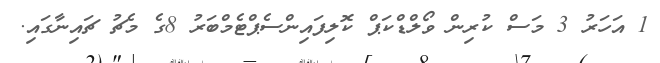
1 އަހަރު 3 މަސް ކުރިން ވޯލްޑްކަޕް ކޮލިފައިންސެޕްޓެމްބަރު 8ގެ މެޗު ޗައިނާގައި.